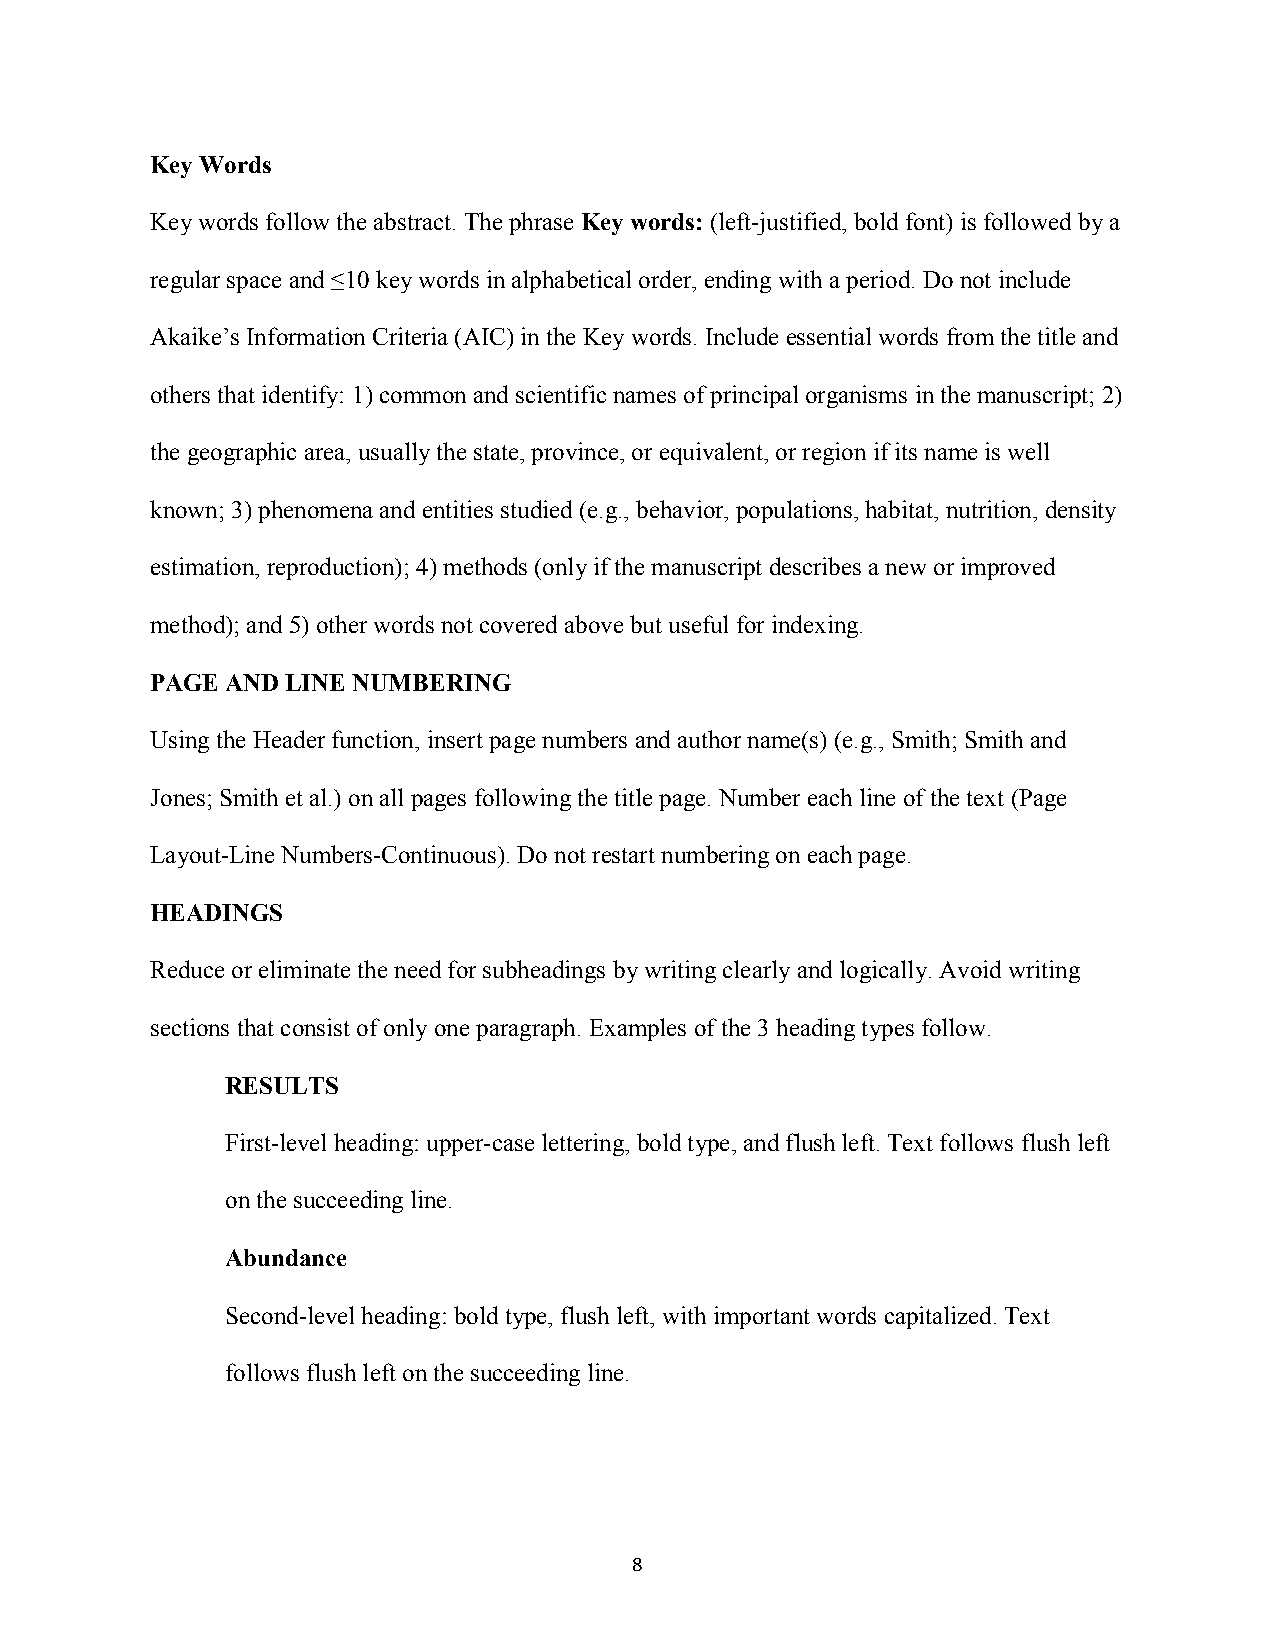
Key Words
 Key words follow the abstract. The phrase Key words: (left-justified, bold font) is followed by a
 regular space and ≤10 key words in alphabetical order, ending with a period. Do not include
 Akaike’s Information Criteria (AIC) in the Key words. Include essential words from the title and
 others that identify: 1) common and scientific names of principal organisms in the manuscript; 2)
 the geographic area, usually the state, province, or equivalent, or region if its name is well
 known; 3) phenomena and entities studied (e.g., behavior, populations, habitat, nutrition, density
 estimation, reproduction); 4) methods (only if the manuscript describes a new or improved
 method); and 5) other words not covered above but useful for indexing.
 PAGE AND LINE NUMBERING
 Using the Header function, insert page numbers and author name(s) (e.g., Smith; Smith and
 Jones; Smith et al.) on all pages following the title page. Number each line of the text (Page
 Layout-Line Numbers-Continuous). Do not restart numbering on each page.
 HEADINGS
 Reduce or eliminate the need for subheadings by writing clearly and logically. Avoid writing
 sections that consist of only one paragraph. Examples of the 3 heading types follow.
 RESULTS
 First-level heading: upper-case lettering, bold type, and flush left. Text follows flush left
 on the succeeding line.
 Abundance
 Second-level heading: bold type, flush left, with important words capitalized. Text
 follows flush left on the succeeding line.
 8